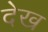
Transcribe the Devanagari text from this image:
देख्‍ा